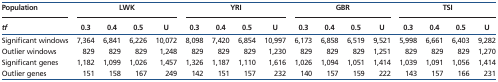
<table><thead><tr><td><b>Population</b></td><td colspan="4"><b>LWK</b></td><td colspan="4"><b>YRI</b></td><td colspan="4"><b>GBR</b></td><td colspan="4"><b>TSI</b></td></tr><tr><td><b><i>tf</i></b></td><td><b>0.3</b></td><td><b>0.4</b></td><td><b>0.5</b></td><td><b>U</b></td><td><b>0.3</b></td><td><b>0.4</b></td><td><b>0.5</b></td><td><b>U</b></td><td><b>0.3</b></td><td><b>0.4</b></td><td><b>0.5</b></td><td><b>U</b></td><td><b>0.3</b></td><td><b>0.4</b></td><td><b>0.5</b></td><td><b>U</b></td></tr></thead><tbody><tr><td>Significant windows</td><td>7,364</td><td>6,841</td><td>6,226</td><td>10,072</td><td>8,098</td><td>7,420</td><td>6,854</td><td>10,997</td><td>6,173</td><td>6,858</td><td>6,519</td><td>9,521</td><td>5,998</td><td>6,661</td><td>6,403</td><td>9,282</td></tr><tr><td>Outlier windows</td><td>829</td><td>829</td><td>829</td><td>1,248</td><td>829</td><td>829</td><td>829</td><td>1,230</td><td>829</td><td>829</td><td>829</td><td>1,251</td><td>829</td><td>829</td><td>829</td><td>1,270</td></tr><tr><td>Significant genes</td><td>1,182</td><td>1,099</td><td>1,026</td><td>1,457</td><td>1,326</td><td>1,187</td><td>1,110</td><td>1,616</td><td>1,026</td><td>1,094</td><td>1,051</td><td>1,414</td><td>1,039</td><td>1,091</td><td>1,056</td><td>1,414</td></tr><tr><td>Outlier genes</td><td>151</td><td>158</td><td>167</td><td>249</td><td>142</td><td>151</td><td>157</td><td>232</td><td>140</td><td>157</td><td>159</td><td>222</td><td>143</td><td>157</td><td>166</td><td>231</td></tr></tbody></table>